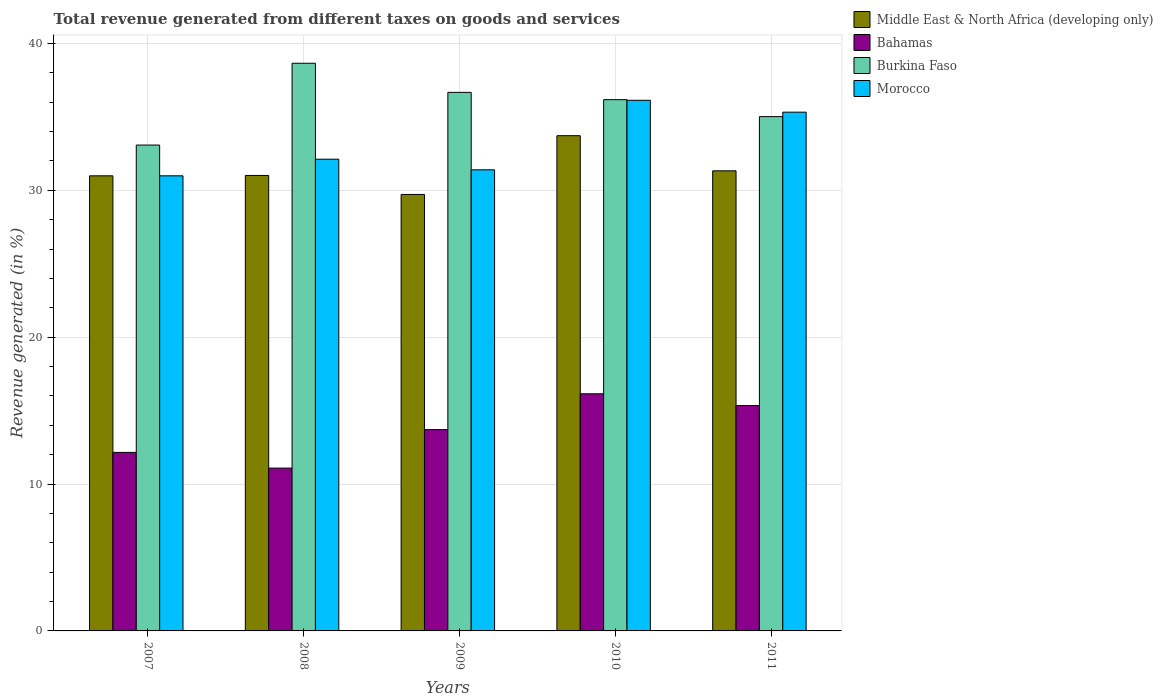
| Years | Middle East & North Africa (developing only) | Bahamas | Burkina Faso | Morocco |
 | --- | --- | --- | --- | --- |
 | 2007 | 31 | 12.2 | 33.1 | 31 |
 | 2008 | 31 | 11.1 | 38.7 | 32.1 |
 | 2009 | 29.7 | 13.7 | 36.7 | 31.4 |
 | 2010 | 33.7 | 16.1 | 36.2 | 36.1 |
 | 2011 | 31.3 | 15.3 | 35 | 35.3 |